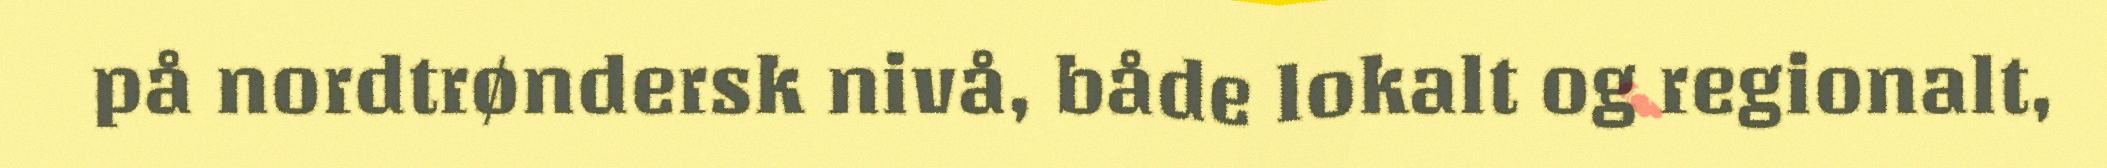
på nordtrøndersk nivå, både lokalt og regionalt,